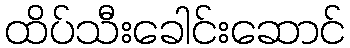
ထိပ်သီးခေါင်းဆောင်